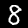
Label: 8